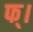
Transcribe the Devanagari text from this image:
फ्।